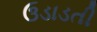
ઉડાડતી